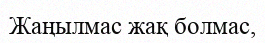
Жаңылмас жақ болмас,